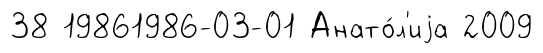
38 19861986-03-01 Анато́л'иjа 2009